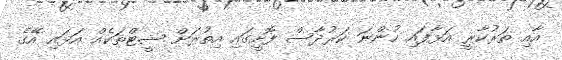
އާއި ތަރުކާރީ އަޅާފައި ހުންނަ ކަރުދާސް ފޮށީގައި އިތުރަށް ޝީޓްތަކެއް އަޅައި އޭގެ